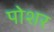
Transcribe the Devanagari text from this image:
पोशर